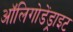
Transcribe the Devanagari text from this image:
ऑलिगोडेंड्राइट